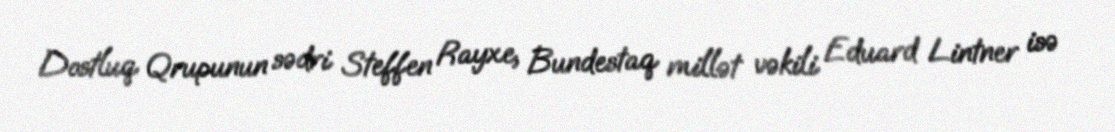
Dostluq Qrupunun sədri Steffen Rayxe, Bundestaq millət vəkili Eduard Lintner isə